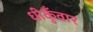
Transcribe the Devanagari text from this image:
धीकुँवार